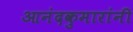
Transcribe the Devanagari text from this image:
आनंदकुमारांनी